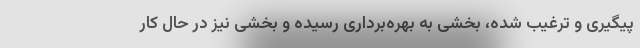
پیگیری و ترغیب شده، بخشی به بهره‌برداری رسیده و بخشی نیز در حال کار